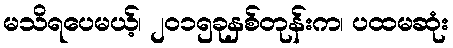
မသိရပေမယ့်၊ ၂၀၁၅ခုနှစ်တုန်းက၊ ပထမဆုံး